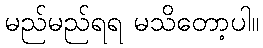
မည်မည်ရရ မသိတော့ပါ။